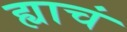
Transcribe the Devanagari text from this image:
ह्याचं